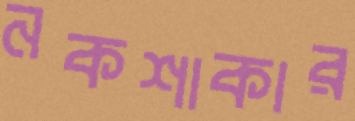
নকশাকার